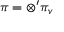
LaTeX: \pi = \otimes ^ { \prime } \pi _ { v }